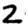
Digit: 2